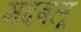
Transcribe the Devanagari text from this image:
मदबलू